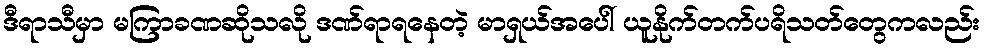
ဒီရာသီမှာ မကြာခဏဆိုသလို ဒဏ်ရာရနေတဲ့ မာရှယ်အပေါ် ယူနိုက်တက်ပရိသတ်တွေကလည်း